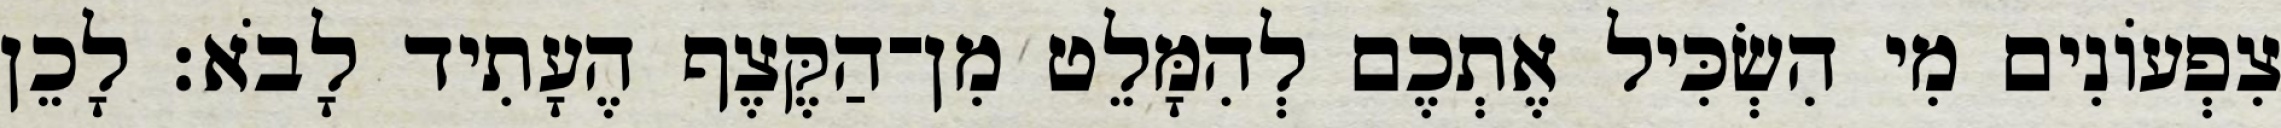
צִפְעוֹנִים מִי הִשְׂכִּיל אֶתְכֶם לְהִמָּלֵט מִן־הַקֶּצֶף הֶעָתִיד לָבֹא׃ לָכֵן